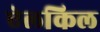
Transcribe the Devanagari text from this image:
ऐलकिल